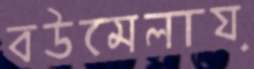
বউমেলায়